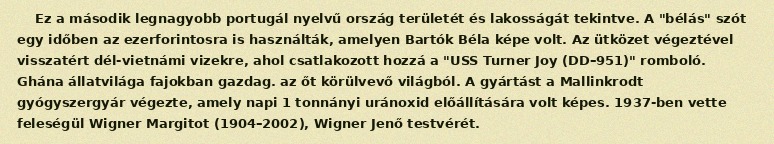
Ez a második legnagyobb portugál nyelvű ország területét és lakosságát tekintve. A "bélás" szót egy időben az ezerforintosra is használták, amelyen Bartók Béla képe volt. Az ütközet végeztével visszatért dél-vietnámi vizekre, ahol csatlakozott hozzá a "USS Turner Joy (DD–951)" romboló. Ghána állatvilága fajokban gazdag. az őt körülvevő világból. A gyártást a Mallinkrodt gyógyszergyár végezte, amely napi 1 tonnányi uránoxid előállítására volt képes. 1937-ben vette feleségül Wigner Margitot (1904–2002), Wigner Jenő testvérét.